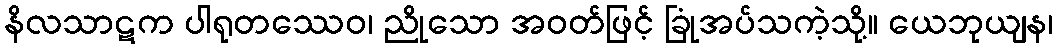
နိလသာဋက ပါရုတဿေဝ၊ ညိုသော အဝတ်ဖြင့် ခြုံအပ်သကဲ့သို့။ ယေဘုယျန၊